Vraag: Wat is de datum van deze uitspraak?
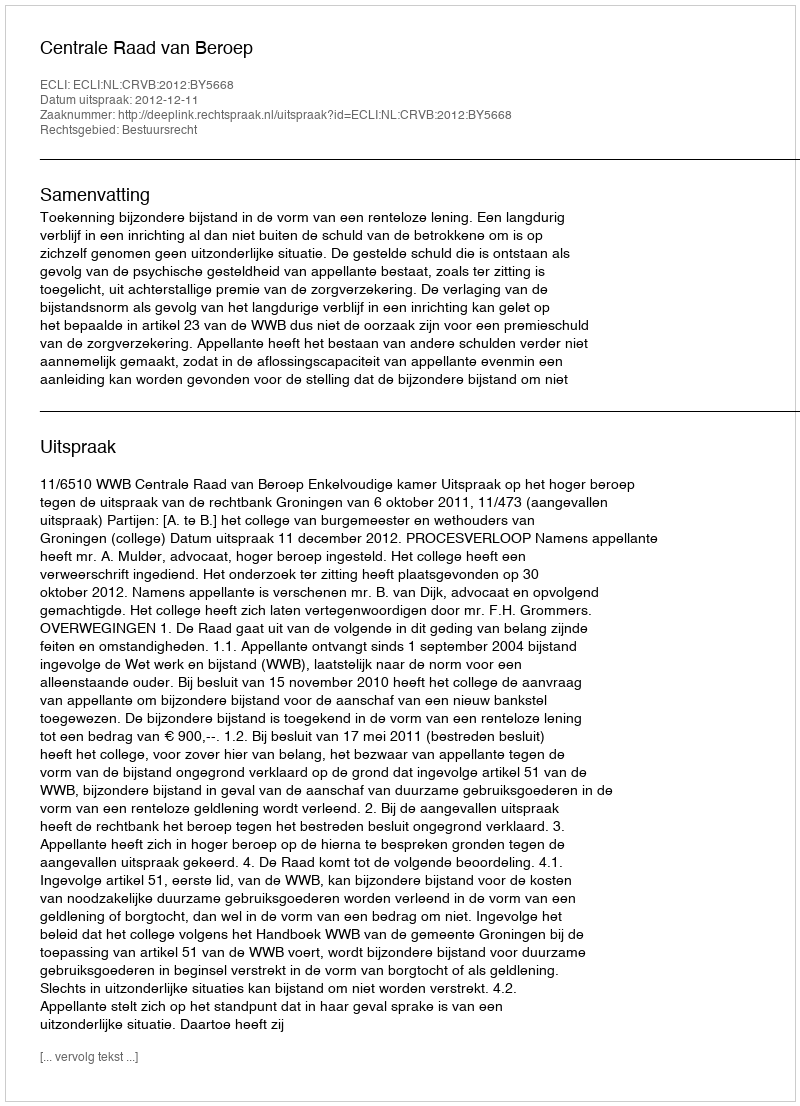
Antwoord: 2012-12-11